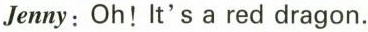
Jenny:Oh!It's a red dragon.